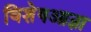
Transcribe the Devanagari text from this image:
विशेषआज्ञा